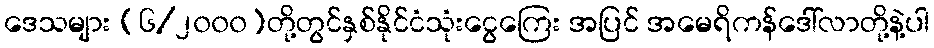
ဒေသများ (၆/၂၀၀၀)တို့တွင်နှစ်နိုင်ငံသုံးငွေကြေး အပြင် အမေရိကန်ဒေါ်လာတို့နဲ့ပါ